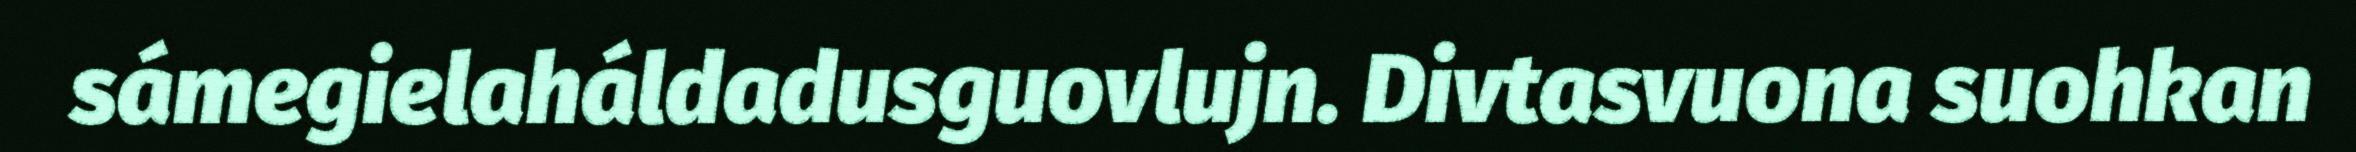
sámegielaháldadusguovlujn. Divtasvuona suohkan